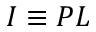
I \equiv P L